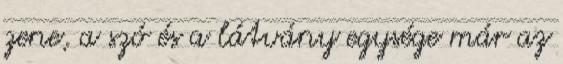
zene, a szó és a látvány egysége már az